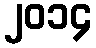
၂၀၁၄